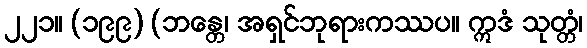
၂၂၁။ (၁၉၉) (ဘန္တေ၊ အရှင်ဘုရားကဿပ။ ဣဒံ သုတ္တံ၊